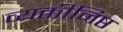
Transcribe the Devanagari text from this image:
व्यक्तीनिष्ठ